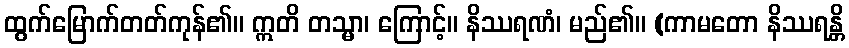
ထွက်မြောက်တတ်ကုန်၏။ ဣတိ တသ္မာ၊ ကြောင့်။ နိဿရဏံ၊ မည်၏။ (ကာမတော နိဿရန္တိ